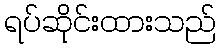
ရပ်ဆိုင်းထားသည်